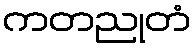
ကတညုတံ